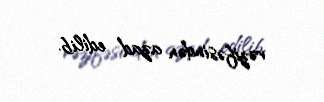
vəzifəsindən azad edilib.